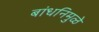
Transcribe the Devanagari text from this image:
बांधनिमुळे